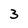
Character: 3